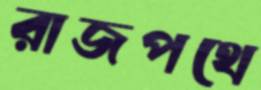
রাজপথে